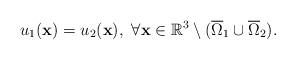
\begin{align*} u_1(\mathbf x)=u_2(\mathbf x),\ \forall \mathbf x \in \mathbb R^3\setminus(\overline{\Omega}_1\cup \overline{\Omega}_2). \end{align*}